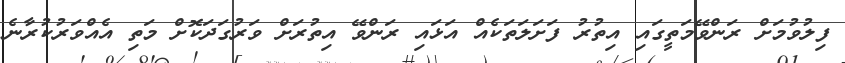
ފިލުވުމަށް ރަންވޭމަތީގައި އިތުރު ފަށަލަތަކެއް އަޅައި ރަންވޭ އިތުރަށް ވަރުގަދަކޮށް މަތި އެއްވަރުކުރާނެ